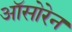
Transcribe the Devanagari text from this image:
ऑसोरेन